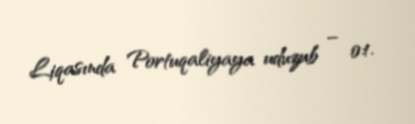
Liqasında Portuqaliyaya uduzub – 0:1.